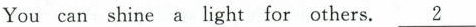
Youcan shine a light for others.\underline{2}